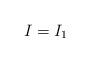
LaTeX: \begin{align*}I=I_{1}\end{align*}